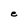
Character: e